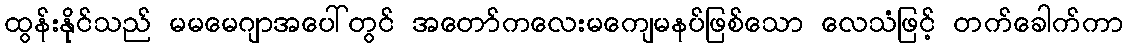
ထွန်းနိုင်သည် မမမေဂျာအပေါ်တွင် အတော်ကလေးမကျေမနပ်ဖြစ်သော လေသံဖြင့် တက်ခေါက်ကာ